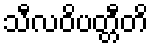
သီလဝိပတ္တီတိ